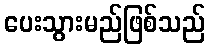
ပေးသွားမည်ဖြစ်သည်